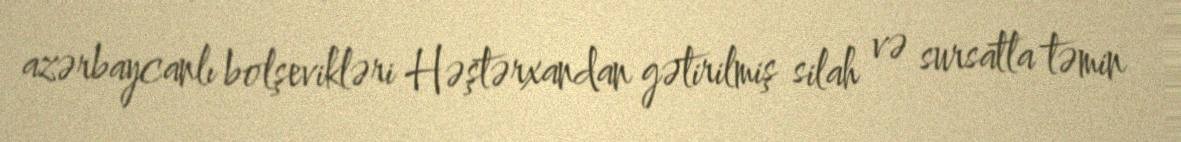
azərbaycanlı bolşevikləri Həştərxandan gətirilmiş silah və sursatla təmin